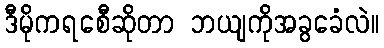
ဒီမိုကရစေီဆိုတာ ဘယျကိုအခွခေံလဲ။